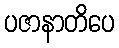
ပဇာနာတိပေ